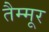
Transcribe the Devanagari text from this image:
तैम्मूर